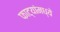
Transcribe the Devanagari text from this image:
फाट्यांमध्ये